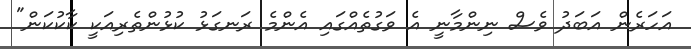
އަހަރެން އަބަދު ވެސް ނިންމާނީ އެ ވަގުތެއްގައި އެންމެ ރަނގަޅު ކުޅުންތެރިއަކީ ކާކުކަން"